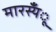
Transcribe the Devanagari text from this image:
मारस्यँू